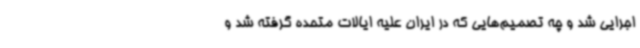
اجرایی شد و چه تصمیم‌هایی که در ایران علیه ایالات متحده گرفته شد و